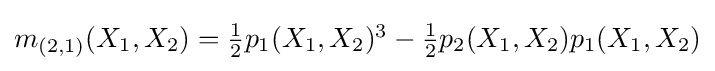
m_{(2,1)}(X_{1},X_{2})=\textstyle {\frac {1}{2}}p_{1}(X_{1},X_{2})^{3}-{\frac {1}{2}}p_{2}(X_{1},X_{2})p_{1}(X_{1},X_{2})